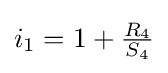
i_{1}=1+{\tfrac {R_{4}}{S_{4}}}